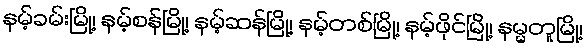
နမ့်ခမ်းမြို့၊ နမ့်စန်မြို့၊ နမ့်ဆန်မြို့၊ နမ့်တစ်မြို့၊ နမ့်ဖိုင်မြို့၊ နမ္မတူမြို့၊